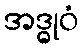
အဒ္ဓုဝံ